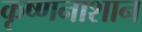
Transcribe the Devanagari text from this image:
कृष्णनाशान